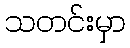
သတင်းမှာ